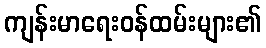
ကျန်းမာရေးဝန်ထမ်းများ၏